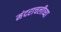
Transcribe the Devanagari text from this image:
मंदराचलीच्या